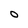
Character: O